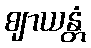
ဈာယန္တံ